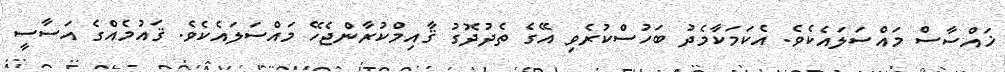
ޚައްސާސް މައްސަލައެކެވެ. އެކަމަކާމެދު ބަހުސްކުރެވި އޭގެ ތެދުދޮގު ޤާއިމްކުރާންޖެހޭ މައްސަލައެކެވެ. ޤައުމެއްގެ އަސާސީ